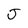
Character: J